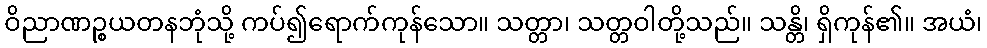
ဝိညာဏဉ္စယတနဘုံသို့ ကပ်၍ရောက်ကုန်သော။ သတ္တာ၊ သတ္တဝါတို့သည်။ သန္တိ၊ ရှိကုန်၏။ အယံ၊